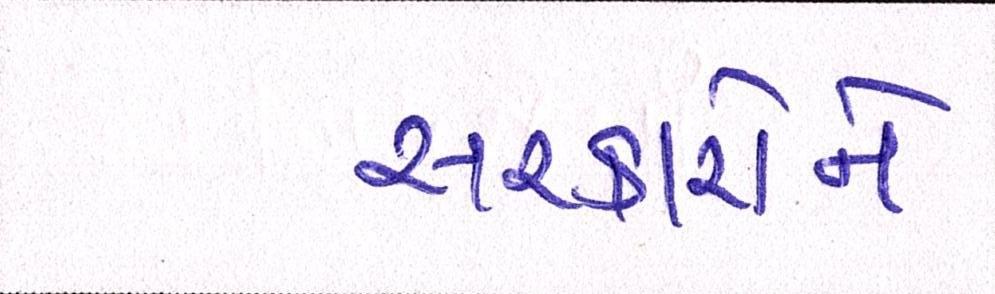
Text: સરકારોને